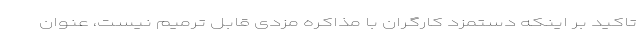
تاکید بر اینکه دستمزد کارگران با مذاکره مزدی قابل ترمیم نیست، عنوان